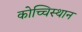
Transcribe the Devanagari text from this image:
कोच्चिस्थान